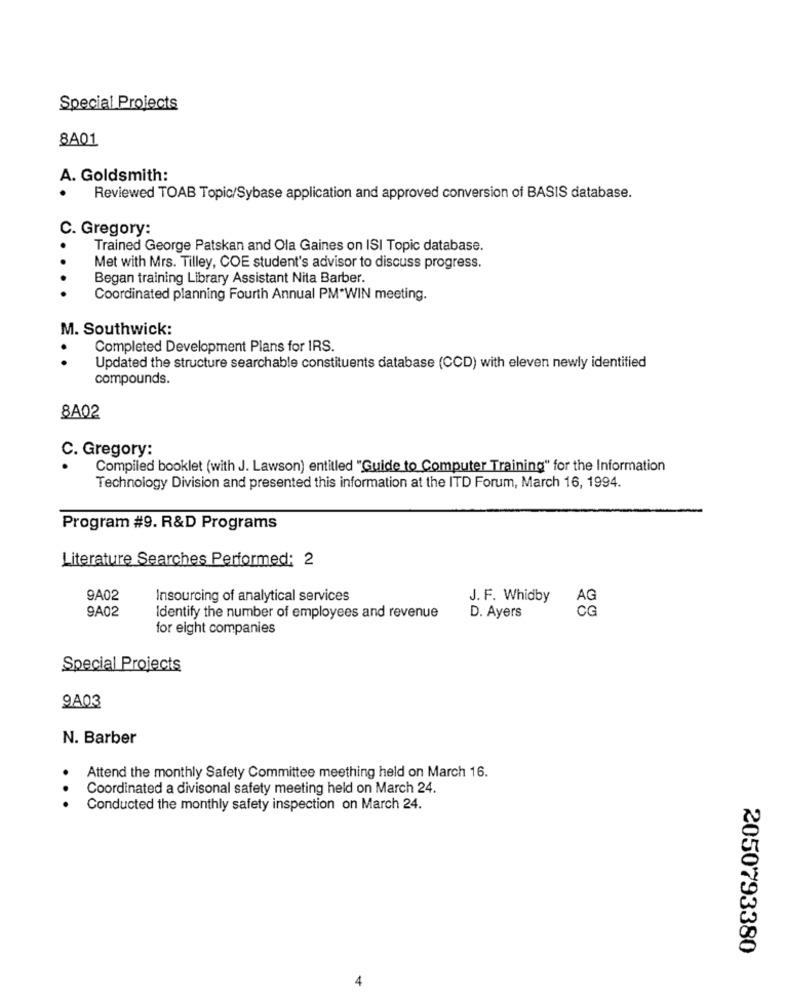
Special Projects
8A01
A. Goldsmith:
Reviewed TOAB Topic/Sybase application and approved conversion of BASIS database.
C. Gregory:
Trained George Patskan and Ola Gaines on ISI Topic database.
Met with Mrs. Tilley, COE student's advisor to discuss progress.
Began training Library Assistant Nita Barber.
Coordinated planning Fourth Annual PM*WIN meeting.
M. Southwick:
.
Completed Development Plans for IRS.
Updated the structure searchable constituents database (CCD) with eleven newly identified
compounds.
8A02
C. Gregory:
Compiled booklet (with J. Lawson) entitled "Guide to Computer Training" for the Information
Technology Division and presented this information at the ITD Forum, March 16, 1994.
Program #9. R&D Programs
Literature Searches Performed: 2
9A02
Insourcing of analytical services
J. F. Whidby
9A02
Identify the number of employees and revenue
D. Ayers
for eight companies
Special Projects
9A03
N. Barber
Attend the monthly Safety Committee meething held on March 16.
Coordinated a divisonal safety meeting held on March 24.
Conducted the monthly safety inspection on March 24.
2050793380
*